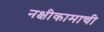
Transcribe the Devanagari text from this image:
नक्षीकामाची